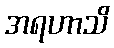
အရဟာသိ